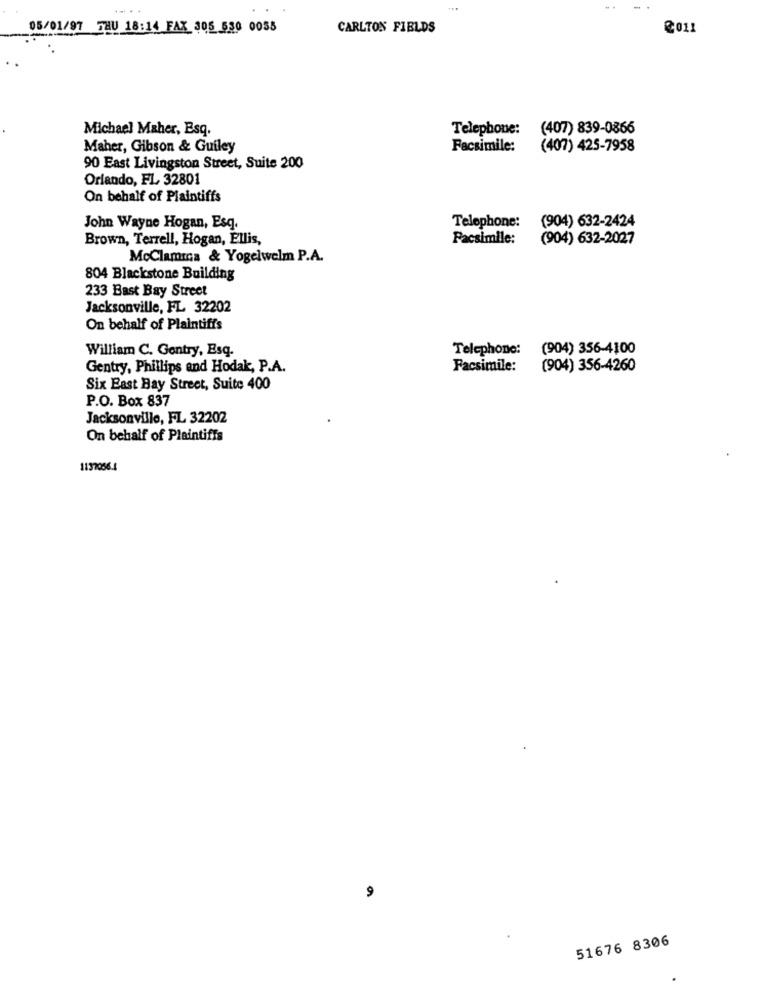
05/01/97 THU 18:14 FAX 305 530 0055
CARLTON FIELDS
2011
Michael Maher, Esq.
Telephone:
(407) 839-0866
Maher, Gibson & Guiley
Facsimile:
(407) 425-7958
90 East Livingston Street, Suite 200
Orlando, FL 32801
On behalf of Plaintiffs
(904) 632-2424
John Wayne Hogan, Esq.
Telephone:
Brown, Terrell, Hogan, Ellis,
Facsimile:
(904) 632-2027
McClamma & Yogelwelm P.A.
804 Blackstone Building
233 Bast Bay Street
Jacksonville, FL 32202
On behalf of Plaintiffs
William C. Gentry, Esq.
Telephone:
(904) 356-4100
Gentry, Phillips and Hodak, P.A.
Facsimile:
(904) 356-4260
Six East Bay Street, Suite 400
P.O. Box 837
Jacksonville, FL 32202
On behalf of Plaintiffs
1137056.4
9
51676 8306